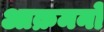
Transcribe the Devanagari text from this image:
आक्रमनो